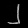
Digit: ၂